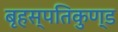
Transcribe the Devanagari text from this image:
बृहस्पतिकुण्ड